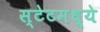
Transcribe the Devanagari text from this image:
स्टेटमध्ये